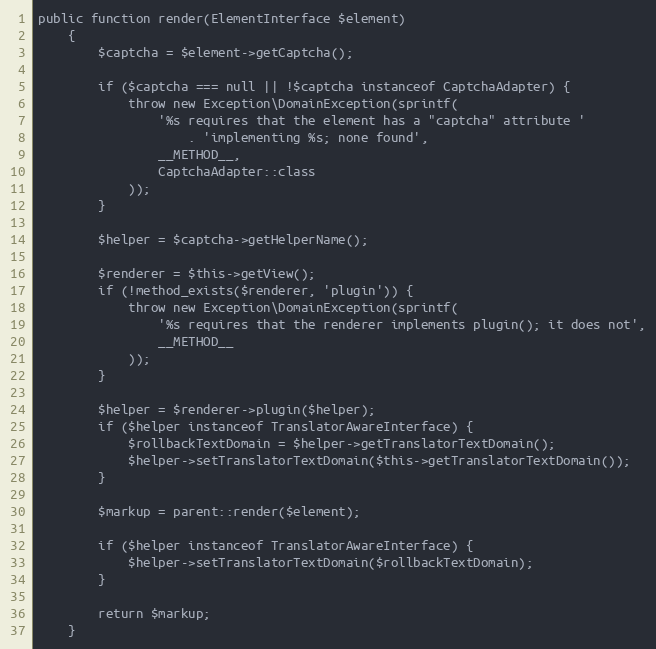
Language: PHP
public function render(ElementInterface $element)
    {
        $captcha = $element->getCaptcha();

        if ($captcha === null || !$captcha instanceof CaptchaAdapter) {
            throw new Exception\DomainException(sprintf(
                '%s requires that the element has a "captcha" attribute '
                    . 'implementing %s; none found',
                __METHOD__,
                CaptchaAdapter::class
            ));
        }

        $helper = $captcha->getHelperName();

        $renderer = $this->getView();
        if (!method_exists($renderer, 'plugin')) {
            throw new Exception\DomainException(sprintf(
                '%s requires that the renderer implements plugin(); it does not',
                __METHOD__
            ));
        }

        $helper = $renderer->plugin($helper);
        if ($helper instanceof TranslatorAwareInterface) {
            $rollbackTextDomain = $helper->getTranslatorTextDomain();
            $helper->setTranslatorTextDomain($this->getTranslatorTextDomain());
        }

        $markup = parent::render($element);

        if ($helper instanceof TranslatorAwareInterface) {
            $helper->setTranslatorTextDomain($rollbackTextDomain);
        }

        return $markup;
    }